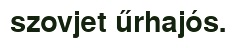
szovjet űrhajós.